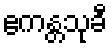
ဧကန္တသုခီ